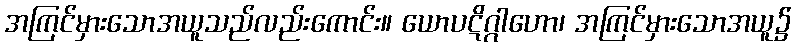
အကြင်မှားသောအယူသည်လည်းကောင်း။ ယောပဋိဂ္ဂါဟော၊ အကြင်မှားသောအယူ၌